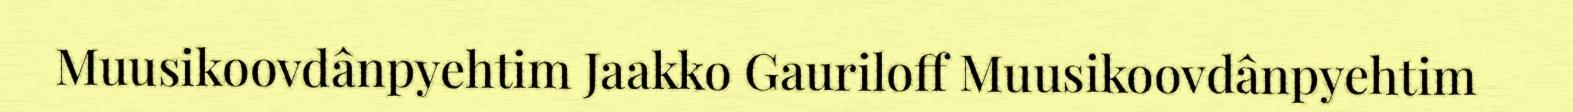
Muusikoovdânpyehtim Jaakko Gauriloff Muusikoovdânpyehtim